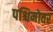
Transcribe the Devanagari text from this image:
पश्चिमोतर